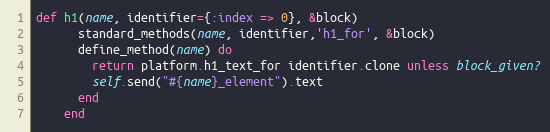
Language: Ruby
def h1(name, identifier={:index => 0}, &block)
      standard_methods(name, identifier,'h1_for', &block)
      define_method(name) do
        return platform.h1_text_for identifier.clone unless block_given?
        self.send("#{name}_element").text
      end
    end